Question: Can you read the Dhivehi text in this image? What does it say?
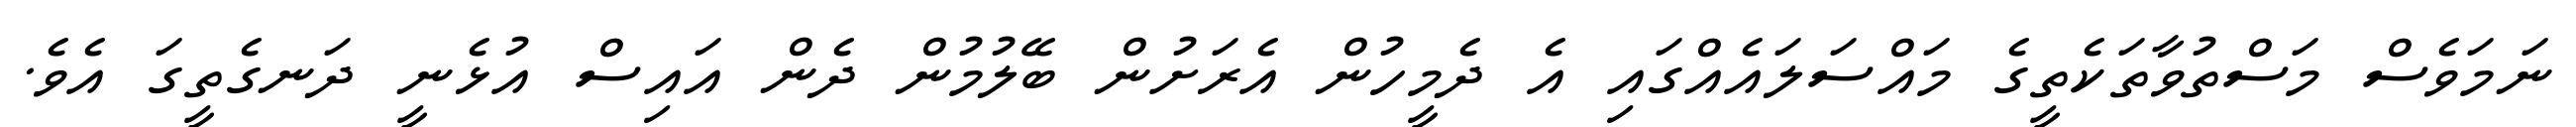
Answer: ނަމަވެސް މަސްތުވާތަކެތީގެ މައްސަލައެއްގައި އެ ދެމީހުން އެރަށުން ބޭލުމުން ދެން އައިސް އުޅެނީ ދަނގެތީގަ އެވެ.